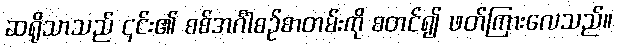
ဆရိုသာသည် ၎င်း၏ စစ်အင်္ဂါစဉ်စာတမ်းကို စတင်၍ ဖတ်ကြားလေသည်။